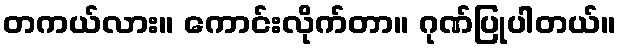
တကယ်လား။ ကောင်းလိုက်တာ။ ဂုဏ်ပြုပါတယ်။